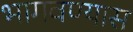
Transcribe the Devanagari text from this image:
भागवण्यास